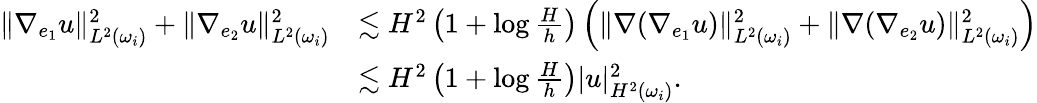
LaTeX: \begin{array}{rl}{\| \nabla_{e_{1}}u\| _{L^{2}(\omega_{i})}^{2}+\| \nabla_{e_{2}}u\| _{L^{2}(\omega_{i})}^{2}}&{\lesssim H^{2}\left(1+\log\frac{H}{h}\right)\left(\| \nabla(\nabla_{e_{1}}u)\| _{L^{2}(\omega_{i})}^{2}+\| \nabla(\nabla_{e_{2}}u)\| _{L^{2}(\omega_{i})}^{2}\right)}\\ &{\lesssim H^{2}\left(1+\log\frac{H}{h}\right)|u|_{H^{2}(\omega_{i})}^{2}.}\end{array}